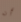
أن